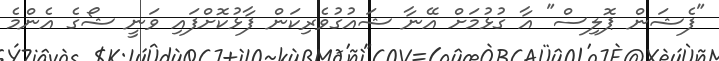
"ފެޝަން ޕޮލިސް" އާ ގުޅުމަށް އޭނާ ޝައުގުވެރިކަން ފާޅުކޮށްފައި ވަނީ ޝޯގެ އެންމެ